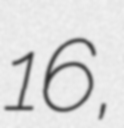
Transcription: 16,